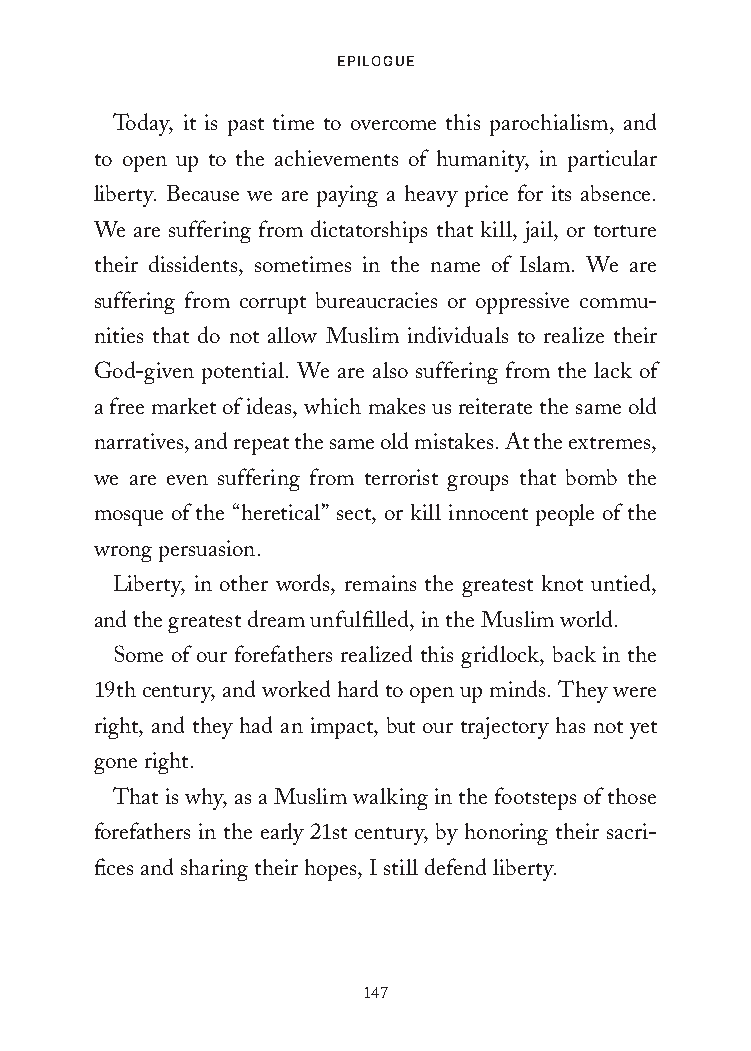
EpiloguE
 Today, it is past time to overcome this parochialism, and
 to open up to the achievements of humanity, in particular
 liberty. Because we are paying a heavy price for its absence.
 We are suffering from dictatorships that kill, jail, or torture
 their dissidents, sometimes in the name of Islam. We are
 suffering from corrupt bureaucracies or oppressive commu-
 nities that do not allow Muslim individuals to realize their
 God-given potential. We are also suffering from the lack of
 a free market of ideas, which makes us reiterate the same old
 narratives, and repeat the same old mistakes. At the extremes,
 we are even suffering from terrorist groups that bomb the
 mosque of the “heretical” sect, or kill innocent people of the
 wrong persuasion.
 Liberty, in other words, remains the greatest knot untied,
 and the greatest dream unfulfilled, in the Muslim world.
 Some of our forefathers realized this gridlock, back in the
 19th century, and worked hard to open up minds. They were
 right, and they had an impact, but our trajectory has not yet
 gone right.
 That is why, as a Muslim walking in the footsteps of those
 forefathers in the early 21st century, by honoring their sacri-
 fices and sharing their hopes, I still defend liberty.
 147
 25320_Ch09_Epilogue.indd 147            24/06/2021 9:38 AM